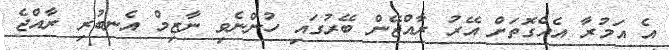
އެ އަމުރާ އެއްގޮތަށް އޭރު ރާއްޖޭން ބޭރުގައި ހުންނެވި ނާޒިމް އެނބުރި ރާއްޖެ